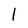
Character: 1